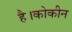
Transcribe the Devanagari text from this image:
है।कोकीन